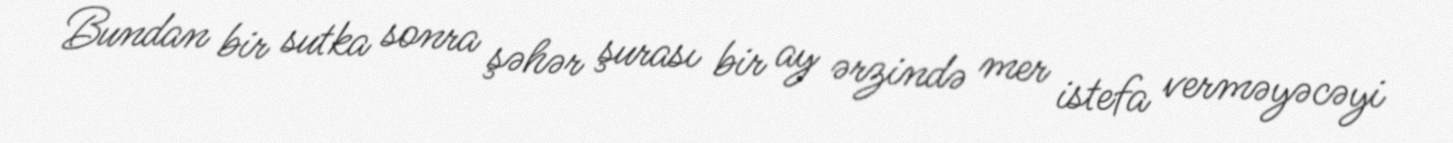
Bundan bir sutka sonra şəhər şurası bir ay ərzində mer istefa verməyəcəyi